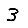
Digit: 3